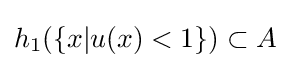
h_{1}(\{x|u(x)<1\})\subset A